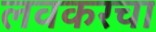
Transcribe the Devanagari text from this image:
लवकरचा